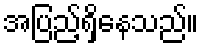
အပြည့်ရှိနေသည်။